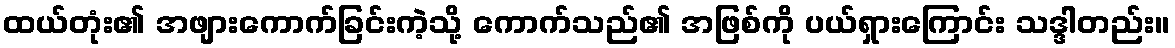
ထယ်တုံး၏ အဖျားကောက်ခြင်းကဲ့သို့ ကောက်သည်၏ အဖြစ်ကို ပယ်ရှားကြောင်း သဒ္ဒါတည်း။